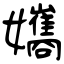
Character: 孈